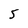
Character: 5